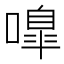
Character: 嘷